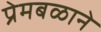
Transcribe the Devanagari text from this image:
प्रेमबळाने